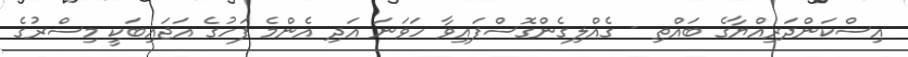
އިސްކަންދަރިއްޔާގެ ބައްތި - ގެއްލިގެންގޮސްފައިވާ ހަވަނަ އަދި އެންމެ ފަހުގެ އަޖައިބަކީ މިސްރުގެ